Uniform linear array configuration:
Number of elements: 32
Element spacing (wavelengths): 1
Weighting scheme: binomial
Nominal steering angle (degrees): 30
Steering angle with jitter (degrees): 30.703
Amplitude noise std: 0.05
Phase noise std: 0.05

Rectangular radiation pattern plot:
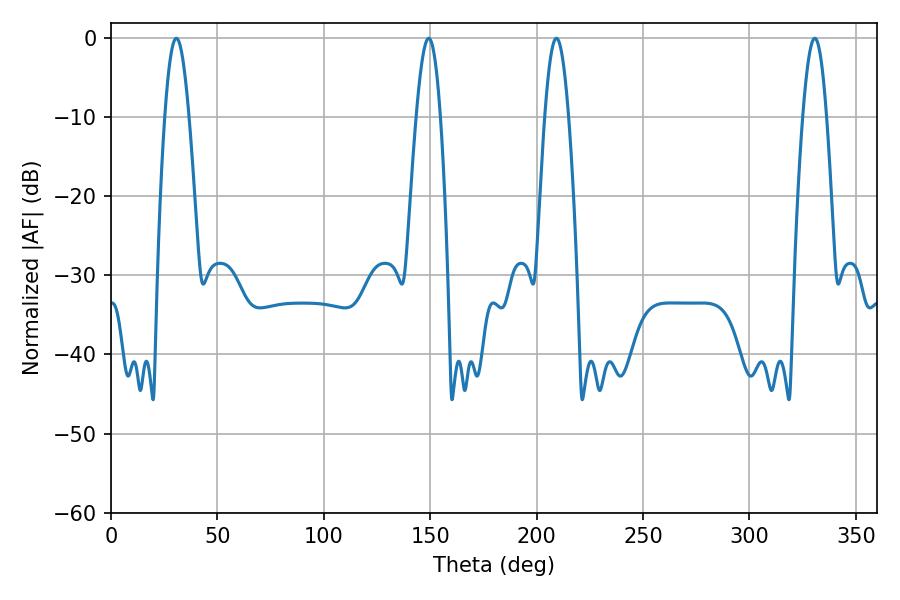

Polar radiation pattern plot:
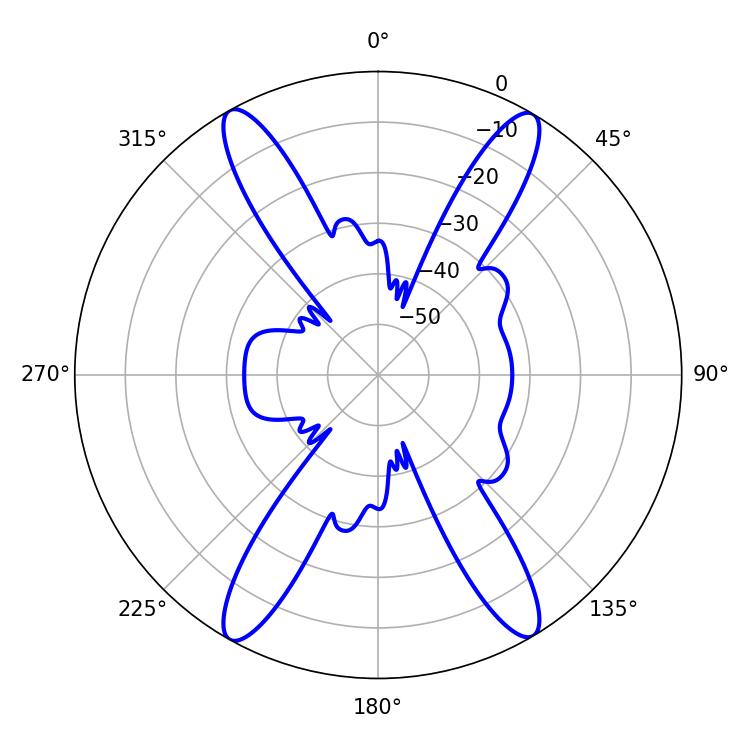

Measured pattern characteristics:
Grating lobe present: TRUE
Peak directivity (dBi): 24.177
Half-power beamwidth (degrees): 6.12
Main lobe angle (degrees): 330.66